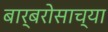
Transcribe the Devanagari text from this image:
बार्बरोसाच्या